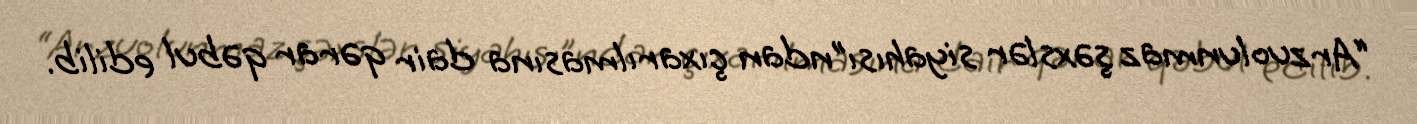
“Arzuolunmaz şəxslər siyahısı”ndan çıxarılmasına dair qərar qəbul edilib.